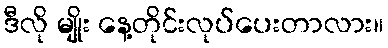
ဒီလို မျိုး နေ့တိုင်းလုပ်ပေးတာလား။